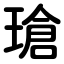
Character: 瑲